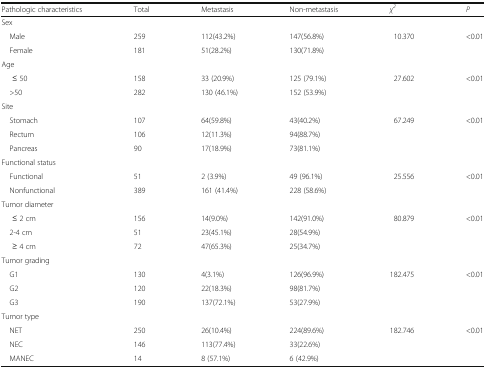
| Pathologic characteristics | Total | Metastasis | Non-metastasis | χ2 | P |
 | --- | --- | --- | --- | --- | --- |
 | <COLSPAN=6> Sex |
 | Male | 259 | 112(43.2%) | 147(56.8%) | <ROWSPAN=2> 10.370 | <ROWSPAN=2> <0.01 |
 | Female | 181 | 51(28.2%) | 130(71.8%) |
 | <COLSPAN=6> Age |
 | ≤ 50 | 158 | 33 (20.9%) | 125 (79.1%) | <ROWSPAN=2> 27.602 | <ROWSPAN=2> <0.01 |
 | >50 | 282 | 130 (46.1%) | 152 (53.9%) |
 | <COLSPAN=6> Site |
 | Stomach | 107 | 64(59.8%) | 43(40.2%) | <ROWSPAN=3> 67.249 | <ROWSPAN=3> <0.01 |
 | Rectum | 106 | 12(11.3%) | 94(88.7%) |
 | Pancreas | 90 | 17(18.9%) | 73(81.1%) |
 | <COLSPAN=6> Functional status |
 | Functional | 51 | 2 (3.9%) | 49 (96.1%) | <ROWSPAN=2> 25.556 | <ROWSPAN=2> <0.01 |
 | Nonfunctional | 389 | 161 (41.4%) | 228 (58.6%) |
 | <COLSPAN=6> Tumor diameter |
 | ≤ 2 cm | 156 | 14(9.0%) | 142(91.0%) | <ROWSPAN=3> 80.879 | <ROWSPAN=3> <0.01 |
 | 2-4 cm | 51 | 23(45.1%) | 28(54.9%) |
 | ≥ 4 cm | 72 | 47(65.3%) | 25(34.7%) |
 | <COLSPAN=6> Tumor grading |
 | G1 | 130 | 4(3.1%) | 126(96.9%) | <ROWSPAN=3> 182.475 | <ROWSPAN=3> <0.01 |
 | G2 | 120 | 22(18.3%) | 98(81.7%) |
 | G3 | 190 | 137(72.1%) | 53(27.9%) |
 | <COLSPAN=6> Tumor type |
 | NET | 250 | 26(10.4%) | 224(89.6%) | <ROWSPAN=3> 182.746 | <ROWSPAN=3> <0.01 |
 | NEC | 146 | 113(77.4%) | 33(22.6%) |
 | MANEC | 14 | 8 (57.1%) | 6 (42.9%) |